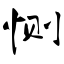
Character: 恻